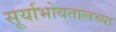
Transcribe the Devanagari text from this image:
सूर्याभोवतालच्या